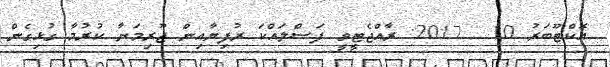
އޮކްޓޫބަރު 10  2017: ރާއްޖެޓީވީ ފަސްލައްކަ ރުފިޔާއިން ޖޫރިމަނާ ކުރުމާ ގުޅިގެން